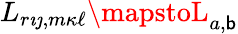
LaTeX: L_{r{\imath\jmath},m{\kappa\ell}}\mapstoL_{a,\mathsf{b}}